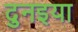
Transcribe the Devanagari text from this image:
दुनइया